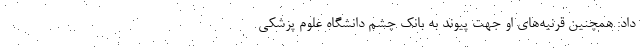
داد: همچنین قرنیه‌های او جهت پیوند به بانک چشم دانشگاه علوم پزشکی